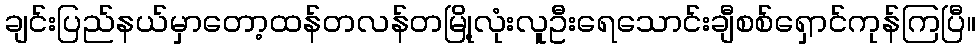
ချင်းပြည်နယ်မှာတော့ထန်တလန်တမြို့လုံးလူဦးရေသောင်းချီစစ်ရှောင်ကုန်ကြပြီ။